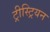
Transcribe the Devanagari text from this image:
ट्रीस्ट्रियन